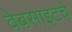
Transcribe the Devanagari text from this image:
वेबसाइटचे